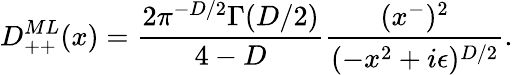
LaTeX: D_{++}^{ML}(x)={\frac{2\pi^{-D/2}\Gamma(D/2)}{4-D}}{\frac{(x^{-})^{2}}{(-x^{2}+i\epsilon)^{D/2}}}.